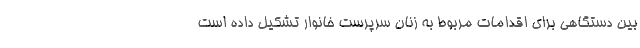
بین دستگاهی برای اقدامات مربوط به زنان سرپرست خانوار تشکیل داده است